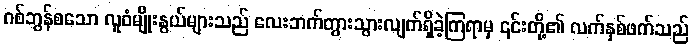
ဂစ်ဘွန်စသော လူဝံမျိုးနွယ်များသည် လေးဘက်တွားသွားလျက်ရှိခဲ့ကြရာမှ ၎င်းတို့၏ လက်နှစ်ဖက်သည်